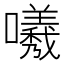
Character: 𭌟